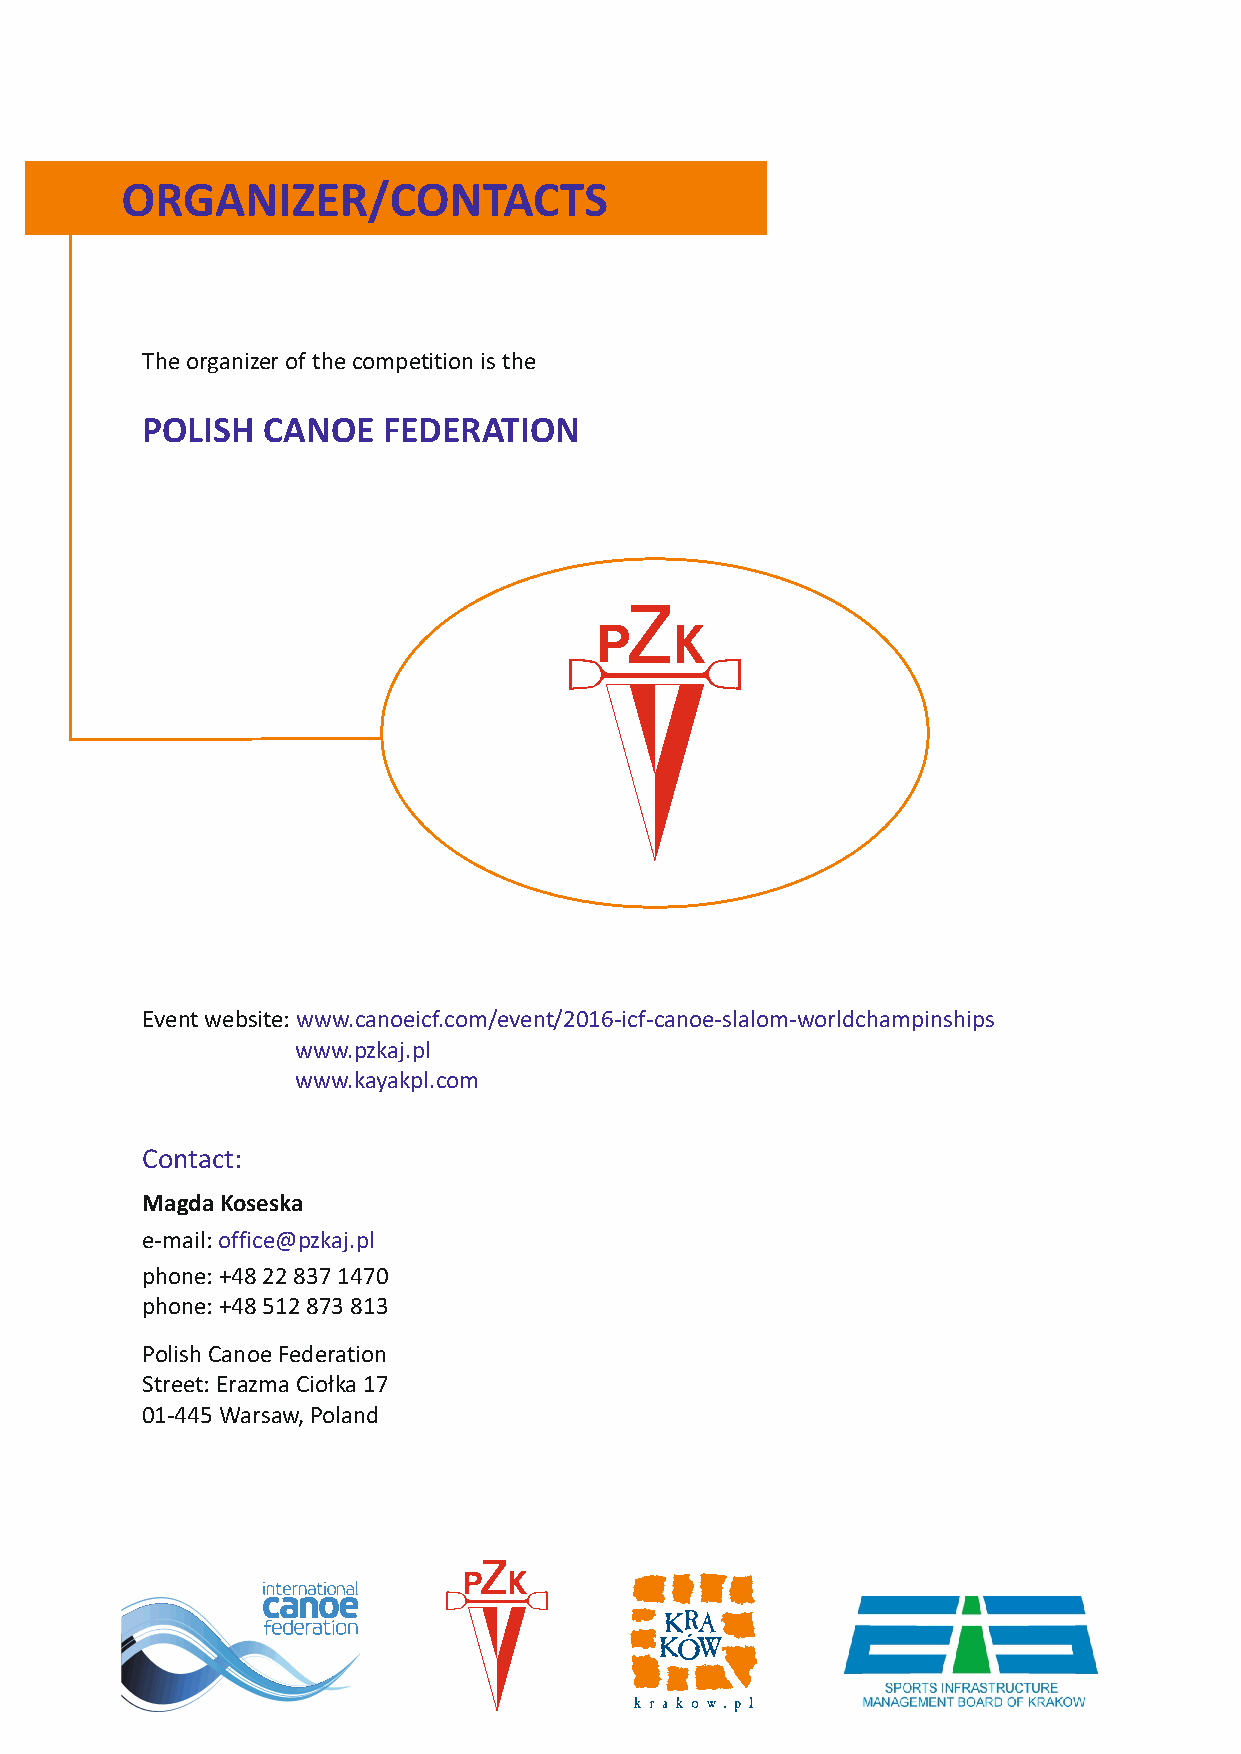
ORGANIZER/CONTACTS
 The organizer of the competition is the
 POLISH  CANOE   FEDERATION
 Event website: www.canoeicf.com/event/2016-icf-canoe-slalom-worldchampinships
 www.pzkaj.pl
 www.kayakpl.com
 Contact:
 Magda Koseska
 e-mail: office@pzkaj.pl
 phone: +48 22 837 1470
 p h o n e : +48 512 873 813
 Polish Canoe Federation
 Street: Erazma Ciołka 17
 01-445 Warsaw, Poland